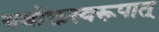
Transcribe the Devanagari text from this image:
यथोक्तस्वरूपात्‌